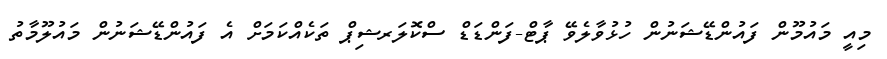
މިއީ މައުމޫން ފައުންޑޭޝަނުން ހުޅުވާލެވޭ ޕާޓް-ފަންޑަޑް ސްކޮލަރޝިޕް ތަކެއްކަމަށް އެ ފައުންޑޭޝަނުން މައުލޫމާތު